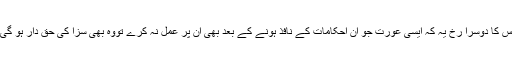
اس کا دوسرا رخ یہ کہ ایسی عورت جو ان احکامات کے نافذ ہونے کے بعد بھی ان پر عمل نہ کرے تووہ بھی سزا کی حق دار ہو گی۔